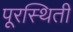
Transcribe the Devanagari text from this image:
पूरस्थिती